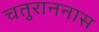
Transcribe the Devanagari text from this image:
चतुराननास